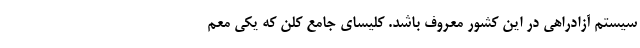
سیستم آزادراهی در این کشور معروف باشد. کلیسای جامع کلن که یکی معم